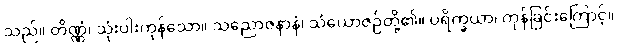
သည်။ တိဏ္ဏံ၊ သုံးပါးကုန်သော။ သညောဇနာနံ၊ သံယောဇဉ်တို့၏။ ပရိက္ခယာ၊ ကုန်ခြင်းကြောင့်။